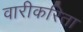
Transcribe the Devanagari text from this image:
वारीकरिता